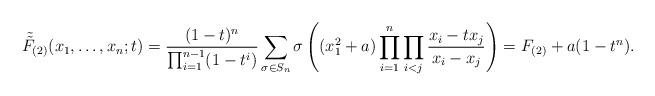
LaTeX: \begin{align*} \tilde{\tilde {F}}_{(2)} (x_1,\dots, x_n;t) &=\frac{(1-t)^{n}}{\prod_{i=1}^{n-1}(1-t^i)} \sum_{\sigma \in S_n}\sigma\left((x_1^2+a)\prod_{i=1}^{n}\prod_{i < j}\frac{x_{i}-tx_{j}} {x_{i}-x_{j}}\right)= F_{(2)}+ a(1-t^n).\end{align*}